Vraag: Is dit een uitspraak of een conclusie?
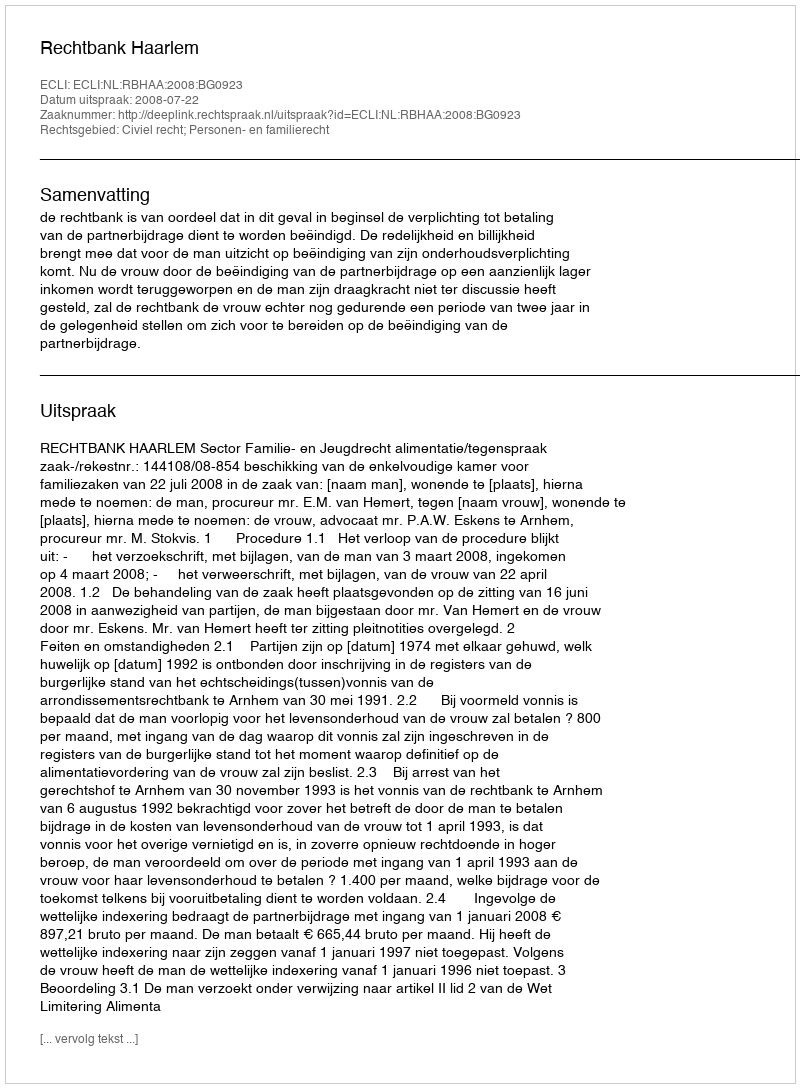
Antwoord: Uitspraak